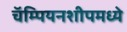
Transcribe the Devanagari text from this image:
चॅम्पियनशीपमध्ये